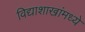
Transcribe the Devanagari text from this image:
विद्याशाखांमध्ये